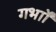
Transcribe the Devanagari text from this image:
गर्भाों